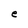
Character: e